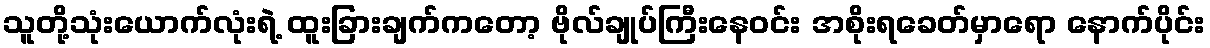
သူတို့သုံးယောက်လုံးရဲ့ ထူးခြားချက်ကတော့ ဗိုလ်ချုပ်ကြီးနေဝင်း အစိုးရခေတ်မှာရော နောက်ပိုင်း